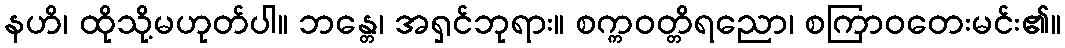
နဟိ၊ ထိုသို့မဟုတ်ပါ။ ဘန္တေ၊ အရှင်ဘုရား။ စက္ကဝတ္တိရညော၊ စကြာဝတေးမင်း၏။